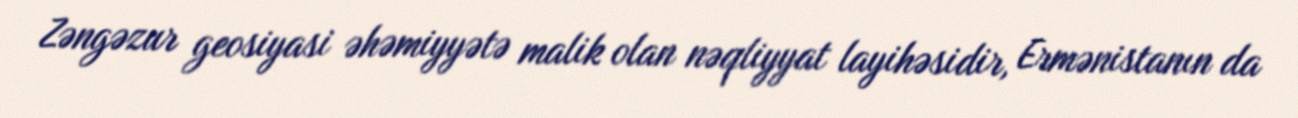
Zəngəzur geosiyasi əhəmiyyətə malik olan nəqliyyat layihəsidir, Ermənistanın da